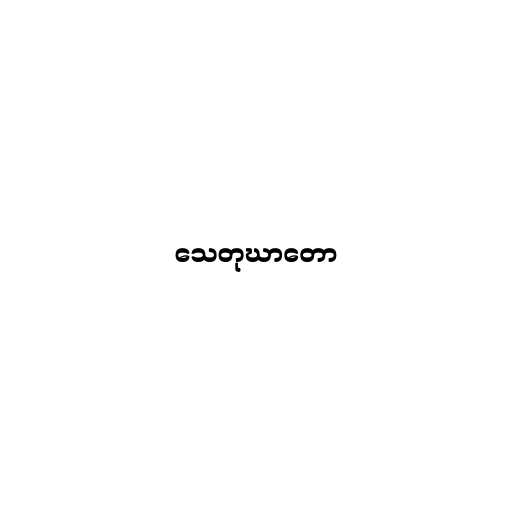
သေတုဃာတော